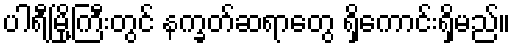
ပါရီမြို့ကြီးတွင် နက္ခတ်ဆရာတွေ ရှိကောင်းရှိမည်။